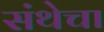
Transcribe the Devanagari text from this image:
संथेचा